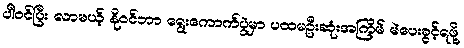
ပါဝင်ပြီး လာမယ့် နိုဝင်ဘာ ရွေးကောက်ပွဲမှာ ပထမဦးဆုံးအကြိမ် မဲပေးခွင့်ရဖို့